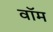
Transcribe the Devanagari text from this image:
वॉम